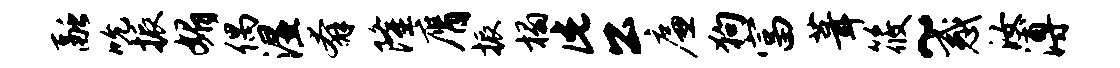
融吮振媚偶湿奔隆膺振榻此公廉狗富葺筱~惑汝溥